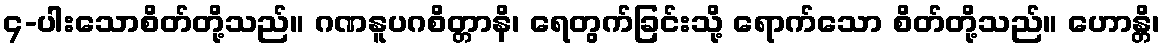
၄-ပါးသောစိတ်တို့သည်။ ဂဏနူပဂစိတ္တာနိ၊ ရေတွက်ခြင်းသို့ ရောက်သော စိတ်တို့သည်။ ဟောန္တိ၊